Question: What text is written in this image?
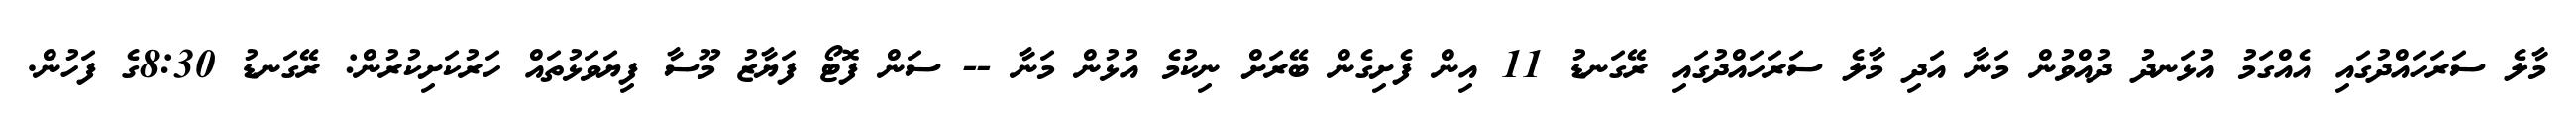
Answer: މާލެ ސަރަހައްދުގައި އެއްގަމު އުޅަނދު ދުއްވުން މަނާ އަދި މާލެ ސަރަހައްދުގައި ރޭގަނޑު 11 އިން ފެށިގެން ބޭރަށް ނިކުމެ އުޅުން މަނާ -- ސަން ފޮޓޯ ފަޔާޒު މޫސާ ފިޔަވަޅުތައް ހަރުކަށިކުރުން: ރޭގަނޑު 8:30ގެ ފަހުން.